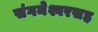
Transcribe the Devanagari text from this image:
संगमेश्वरसह